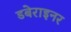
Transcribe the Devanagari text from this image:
डबेराइनर